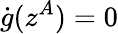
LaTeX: \dot{g}(z^{A})=0